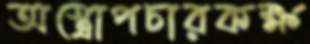
অস্ত্রোপচারকক্ষ